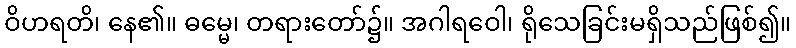
ဝိဟရတိ၊ နေ၏။ ဓမ္မေ၊ တရားတော်၌။ အဂါရဝေါ၊ ရိုသေခြင်းမရှိသည်ဖြစ်၍။